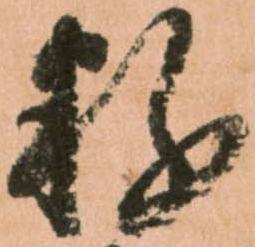
粉